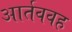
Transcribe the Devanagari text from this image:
आर्तववह